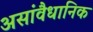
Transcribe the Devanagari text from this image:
असांवैधानिक